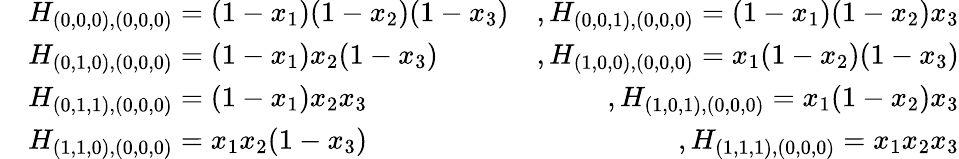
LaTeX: \begin{array}{rlr}&{H_{(0,0,0),(0,0,0)}=(1-x_{1})(1-x_{2})(1-x_{3})}&{,H_{(0,0,1),(0,0,0)}=(1-x_{1})(1-x_{2})x_{3}}\\ &{H_{(0,1,0),(0,0,0)}=(1-x_{1})x_{2}(1-x_{3})}&{,H_{(1,0,0),(0,0,0)}=x_{1}(1-x_{2})(1-x_{3})}\\ &{H_{(0,1,1),(0,0,0)}=(1-x_{1})x_{2}x_{3}}&{,H_{(1,0,1),(0,0,0)}=x_{1}(1-x_{2})x_{3}}\\ &{H_{(1,1,0),(0,0,0)}=x_{1}x_{2}(1-x_{3})}&{,H_{(1,1,1),(0,0,0)}=x_{1}x_{2}x_{3}}\end{array}